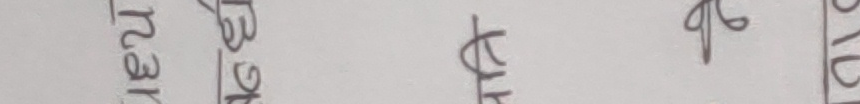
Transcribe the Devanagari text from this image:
मेंट बेट पत घर ग७